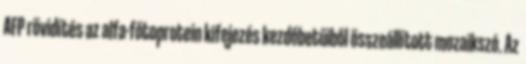
AFP rövidítés az alfa-fötoprotein kifejezés kezdőbetűiből összeállított mozaikszó. Az